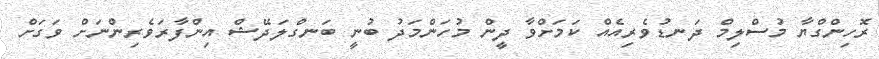
ރޮހިންގްޔާ މުސްލިމް ދަނޑުވެރިއެއް ކަމަށްވާ ދީން މުހަންމަދު ބުނީ ބަނގްލަދޭޝް އިންފާރަވެރިންނަށް ވަގަށް